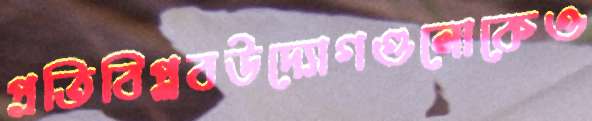
প্রতিবিপ্লবউদ্যোগগুলোকেও